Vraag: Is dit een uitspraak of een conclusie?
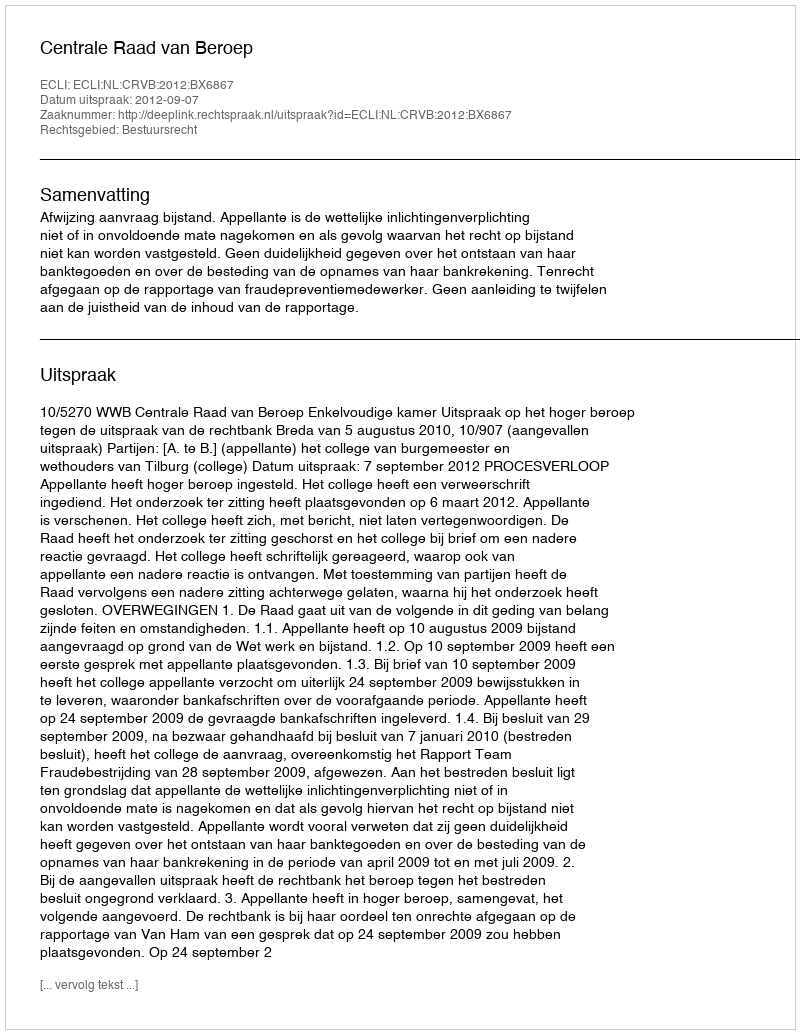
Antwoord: Uitspraak